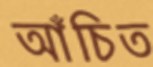
আঁচিত